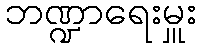
ဘဏ္ဍာရေးမှူး